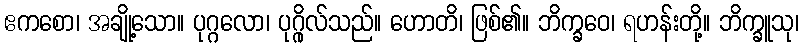
ဧကစော၊ အချို့သော။ ပုဂ္ဂလော၊ ပုဂ္ဂိုလ်သည်။ ဟောတိ၊ ဖြစ်၏။ ဘိက္ခဝေ၊ ရဟန်းတို့။ ဘိက္ခူသု၊